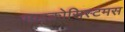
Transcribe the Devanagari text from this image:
माइक्रोसिस्टमस